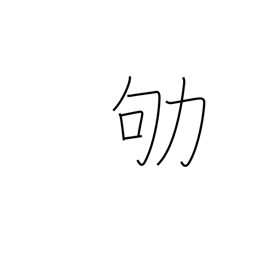
Meaning: work busily